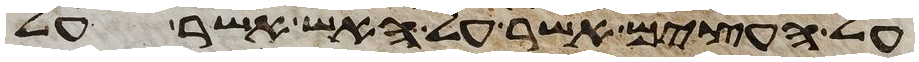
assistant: על העצים אשר על האש אשר על